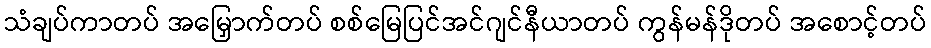
သံချပ်ကာတပ် အမြှောက်တပ် စစ်မြေပြင်အင်ဂျင်နီယာတပ် ကွန်မန်ဒိုတပ် အစောင့်တပ်